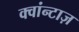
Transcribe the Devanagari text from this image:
क्वांन्टाज़